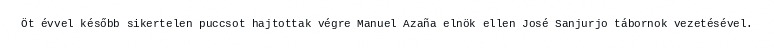
Öt évvel később sikertelen puccsot hajtottak végre Manuel Azaña elnök ellen José Sanjurjo tábornok vezetésével.